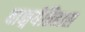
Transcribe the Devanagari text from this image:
वाङ्मयेतिहास